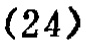
\((24)\)